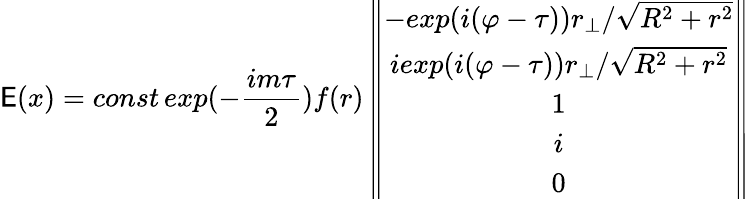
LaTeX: \mathsf{E}(x)=const\, exp(-\frac{{im\tau}}{{2}})f(r)\left\| \begin{array}{c}{{-exp(i(\varphi-\tau))r_{\bot}/\sqrt{R^{2}+r^{2}}}}\\ {{iexp(i(\varphi-\tau))r_{\bot}/\sqrt{R^{2}+r^{2}}}}\\ {{1}}\\ {{i}}\\ {{0}}\end{array}\right\|